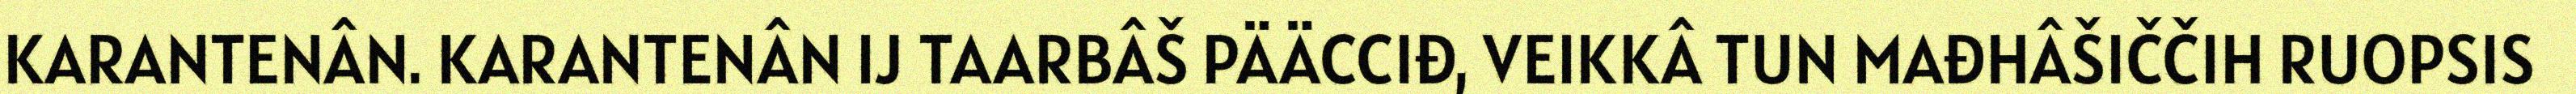
KARANTENÂN. KARANTENÂN IJ TAARBÂŠ PÄÄCCIĐ, VEIKKÂ TUN MAĐHÂŠIČČIH RUOPSIS